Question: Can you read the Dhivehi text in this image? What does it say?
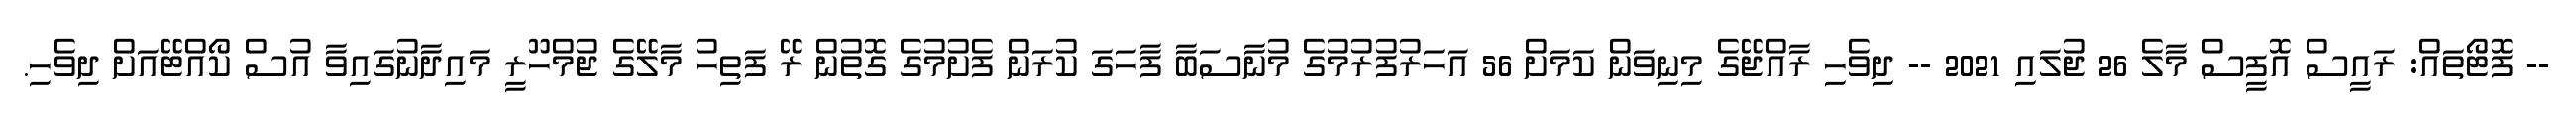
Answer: -- ފޮޓޯތައް: ރައީސް އޮފީސް މާލެ 26 ޖުލައި 2021 -- ދިވެހި ރާއްޖޭގެ މިނިވަން ކަމަށް 56 އަހަރުފުރުމުގެ މުނާސަބާ ފާހަގަ ކުރަން ފެށުމުގެ ގޮތުން ރޭ ފަތިހު މާލޭގެ ޖުމްހޫރީ މައިދާނުގައިވާ އުސް ކޯއްޓޭއަށް ދިވެހި.